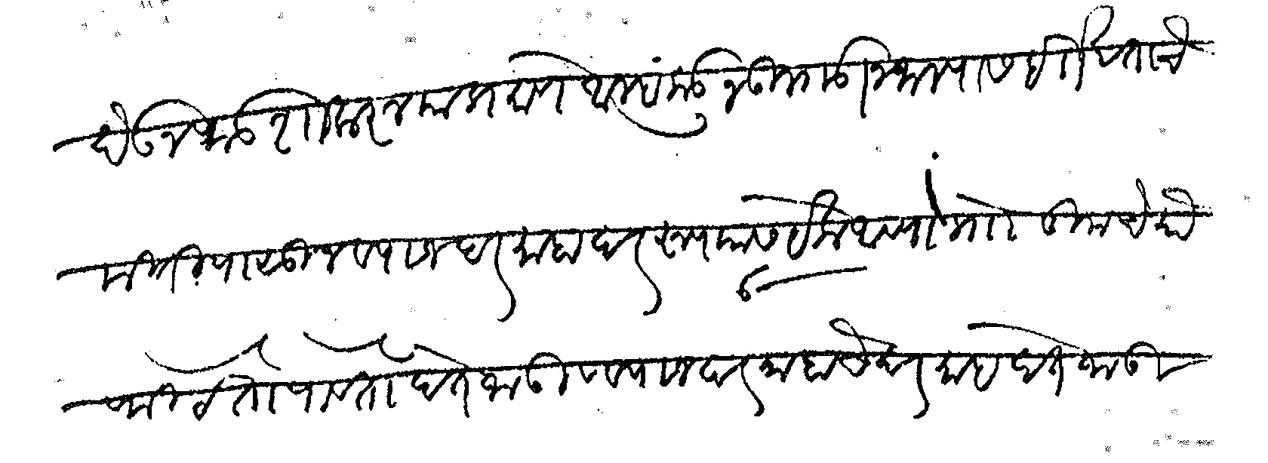
Transliteration (Devanagari): देऊन फडशा करू याप्रमाणे आम्हाकडून उलगडा न जाल्यास है खताचे नितीपासून व्याज दरमाहा दर रुपयास 6 येक आण्याप्रमाणे तुमचे रुये फिटे तो पावेतो देत जाऊ व व्याज दरमाहाचे दरमाहा देत जाऊ